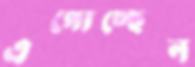
এগোচ্ছেন